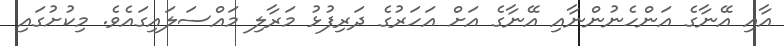
އާއި އޭނާގެ އަންހެނުންނާއި އޭނާގެ އަށް އަހަރުގެ ދަރިފުޅު މަރާލި މައްސަލައިގައެވެ. މިކުށުގައި